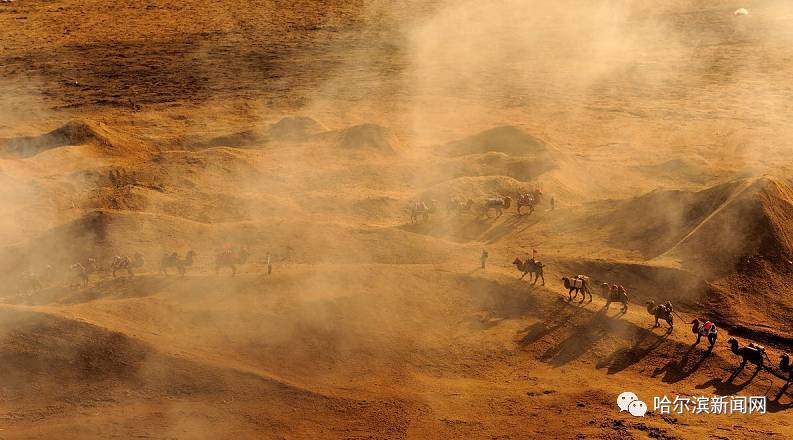
城里夕阳城外雪，相将十里异阴晴。